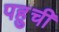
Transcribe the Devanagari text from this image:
पहुचीं